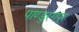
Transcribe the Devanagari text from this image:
पाण्डुरंगपूर